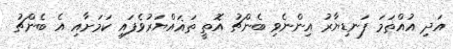
އަދި އުއްތަމަ ފަނޑިޔާރު އިންނެވި ބެންޗު އޮތީ ތަޣައްޔަރުވެފައި ކަމަށާއި އެ ބެންޗު